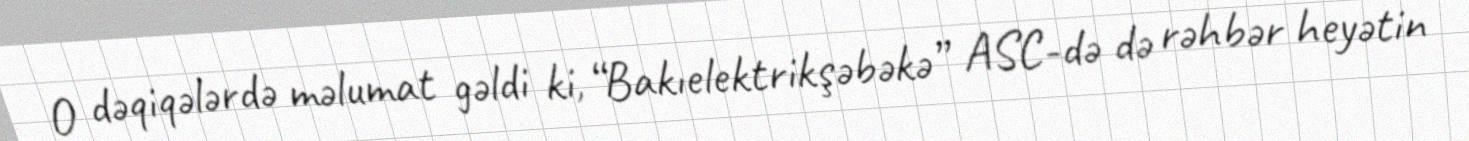
O dəqiqələrdə məlumat gəldi ki, “Bakıelektrikşəbəkə” ASC-də də rəhbər heyətin